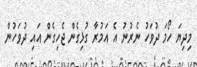
މިދިޔަ ހޯމަ ދުވަހު ނެރުނު އެ އަމުރާ ގުޅިގެން ޖެހިގެން އައި ދުވަހުން